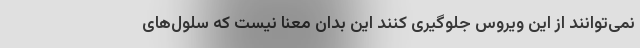
نمی‌توانند از این ویروس جلوگیری کنند این بدان معنا نیست که سلول‌های